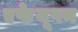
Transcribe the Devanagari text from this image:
एफेयूषन